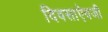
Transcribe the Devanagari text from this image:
दिवसाऐवजी